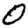
Digit: 0